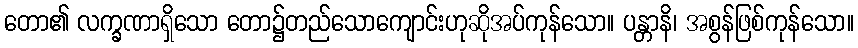
တော၏ လက္ခဏာရှိသော တော၌တည်သောကျောင်းဟုဆိုအပ်ကုန်သော။ ပန္တာနိ၊ အစွန်ဖြစ်ကုန်သော။